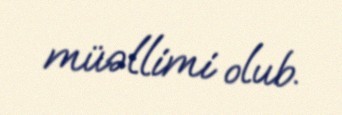
müəllimi olub.